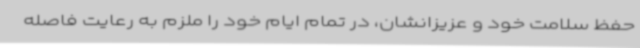
حفظ سلامت خود و عزیزانشان، در تمام ایام خود را ملزم به رعایت فاصله